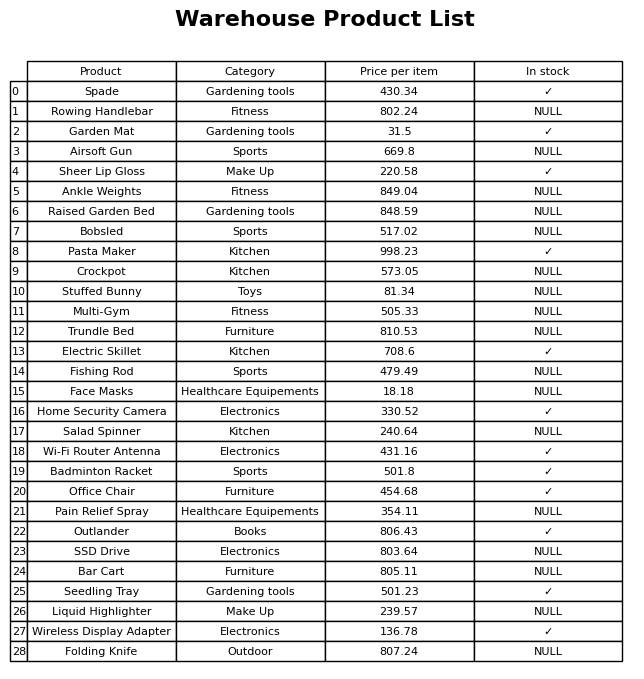
question: What is the stock status of the Trundle Bed?
answer: NULL